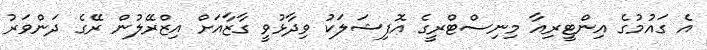
އެ ގައުމުގެ އިންޓީރިއާ މިނިސްޓްރީގެ އޮފިޝަލަކު ވިދާޅުވީ ގާޒާއަށް އިޒްރޭލުން ރޭގެ ދަންވަރު